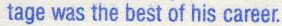
tage was the best of his career.